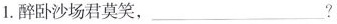
1. 醉卧沙场君莫笑， ___?